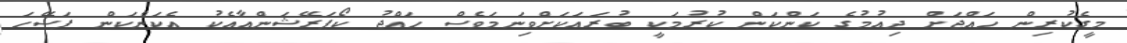
މީގެކުރިން ހައްޖަށް ދިއުމުގެ ކަންކަން ކުރުމަކީ ބުރައަކަށްވިނަމަވެސް ހައްޖު ކޯޕަރޭޝަންއާއެކު އެކަންކަން ފަސޭހަ